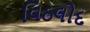
વિઠલોદ